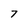
Character: 7